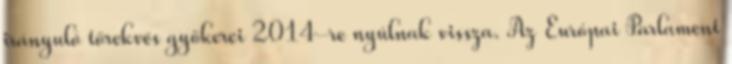
irányuló törekvés gyökerei 2014-re nyúlnak vissza. Az Európai Parlament